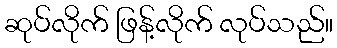
ဆုပ်လိုက် ဖြန့်လိုက် လုပ်သည်။